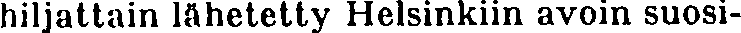
hiljattain lähetetty Helsinkiin avoin suosi-